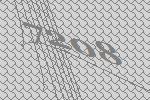
7208